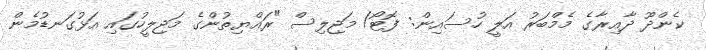
ކެންދޫ ދާއިރާގެ މެމްބަރު އަލީ ހުސައިން: ފޮޓޯ/ މަޖިލިސް "ރައްޔިތުންގެ މަޖިލީހުގައި އަޅުގަނޑުމެން